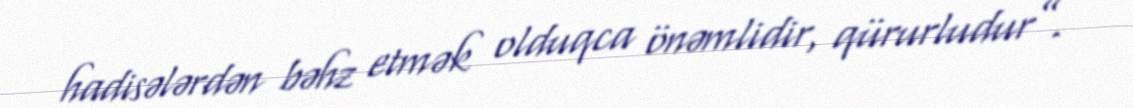
hadisələrdən bəhz etmək olduqca önəmlidir, qürurludur”.